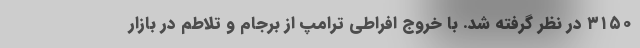
۳۱۵۰ در نظر گرفته شد. با خروج افراطی ترامپ از برجام و تلاطم در بازار